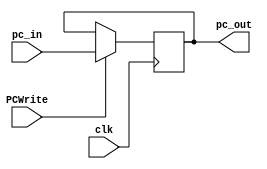
module PC_Module(clk,pc_in, PCWrite, pc_out);
    input clk, PCWrite;
    input [31:0] pc_in;
    output reg [31:0] pc_out;


    initial
    begin   
        pc_out=0;
    end

    always@(posedge clk)
    begin
        if(PCWrite)
            pc_out<=pc_in;
        else
            ;//do nothing
    end
    
endmodule